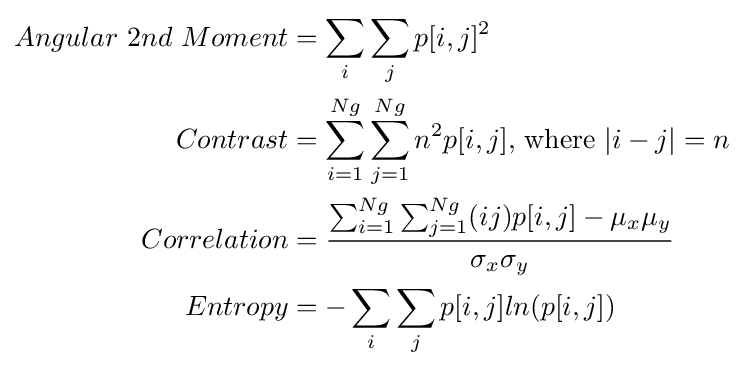
{\begin{aligned}Angular{\text{ }}2nd{\text{ }}Moment&=\sum _{i}\sum _{j}p[i,j]^{2}\\Contrast&=\sum _{i=1}^{Ng}\sum _{j=1}^{Ng}n^{2}p[i,j]{\text{, where }}|i-j|=n\\Correlation&={\frac {\sum _{i=1}^{Ng}\sum _{j=1}^{Ng}(ij)p[i,j]-\mu _{x}\mu _{y}}{\sigma _{x}\sigma _{y}}}\\Entropy&=-\sum _{i}\sum _{j}p[i,j]ln(p[i,j])\\\end{aligned}}